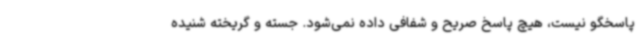
پاسخگو نیست، هیچ پاسخ صریح و شفافی داده نمی‌شود. جسته و گریخته شنیده